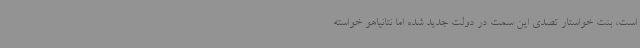
است، بنت خواستار تصدی این سمت در دولت جدید شده اما نتانیاهو خواسته